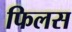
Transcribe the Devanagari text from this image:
फिलस